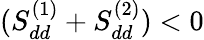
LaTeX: (S_{dd}^{(1)}+S_{dd}^{(2)})<0